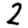
Digit: 2